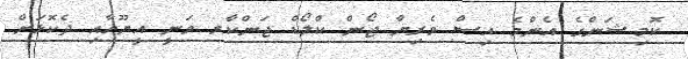
ކޮމިޝަންގެ އެންމެ އިސް ވެރިޔާ ޖޯން ކްލޯޑް ޖަންކާރ ވަނީ އީޔޫއާއި ދެކޮޅަށް